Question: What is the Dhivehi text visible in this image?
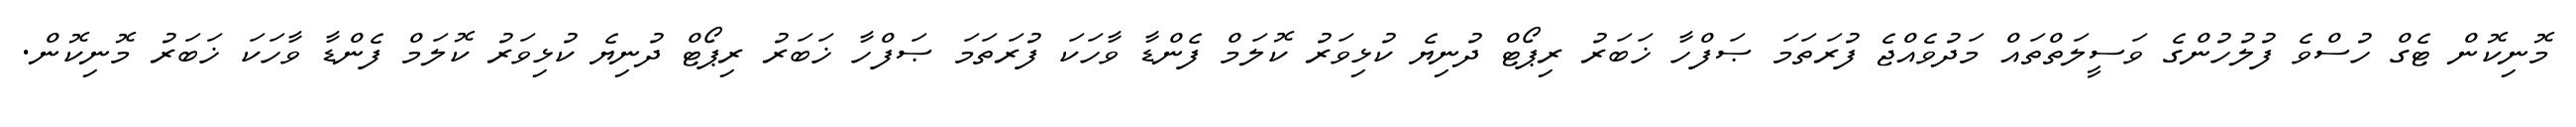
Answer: މޮނިކޮން ޓެގް ހުސްވެ ފުލުހުންގެ ވަސީލަތްތައް މަދުވެއްޖެ ފުރަތަމަ ޞަފްހާ ޚަބަރު ރިޕޯޓް ދުނިޔެ ކުޅިވަރު ކޮލަމް ފެންޑާ ވާހަކަ ފުރަތަމަ ޞަފްހާ ޚަބަރު ރިޕޯޓް ދުނިޔެ ކުޅިވަރު ކޮލަމް ފެންޑާ ވާހަކަ ޚަބަރު މޮނިކޮން.